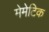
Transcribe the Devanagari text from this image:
मेमेटिक